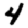
Digit: 4